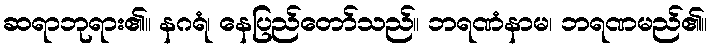
ဆရာဘုရား၏။ နဂရံ၊ နေပြည်တော်သည်။ ဘရဏံနာမ၊ ဘရဏမည်၏။